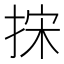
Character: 㧲